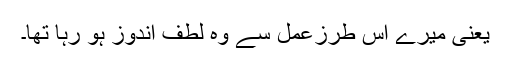
یعنی میرے اس طرزعمل سے وہ لطف اندوز ہو رہا تھا۔